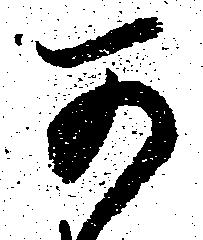
可